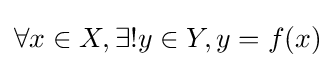
\forall x\in X,\exists !y\in Y,y=f(x)